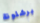
برشلونة